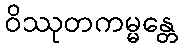
ဝိဿုတကမ္မန္တေ